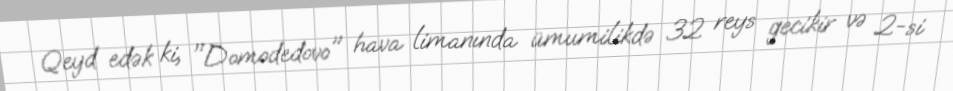
Qeyd edək ki, "Domodedovo" hava limanında ümumilikdə 32 reys gecikir və 2-si